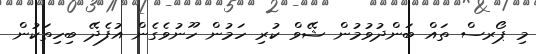
މި ޕޯރސް ތައް ބަންދުވުމުން ޝޭވް ކުރި ހަމުން ހޫނުވެގެން އުފެދޭ ބިހިތަކުން